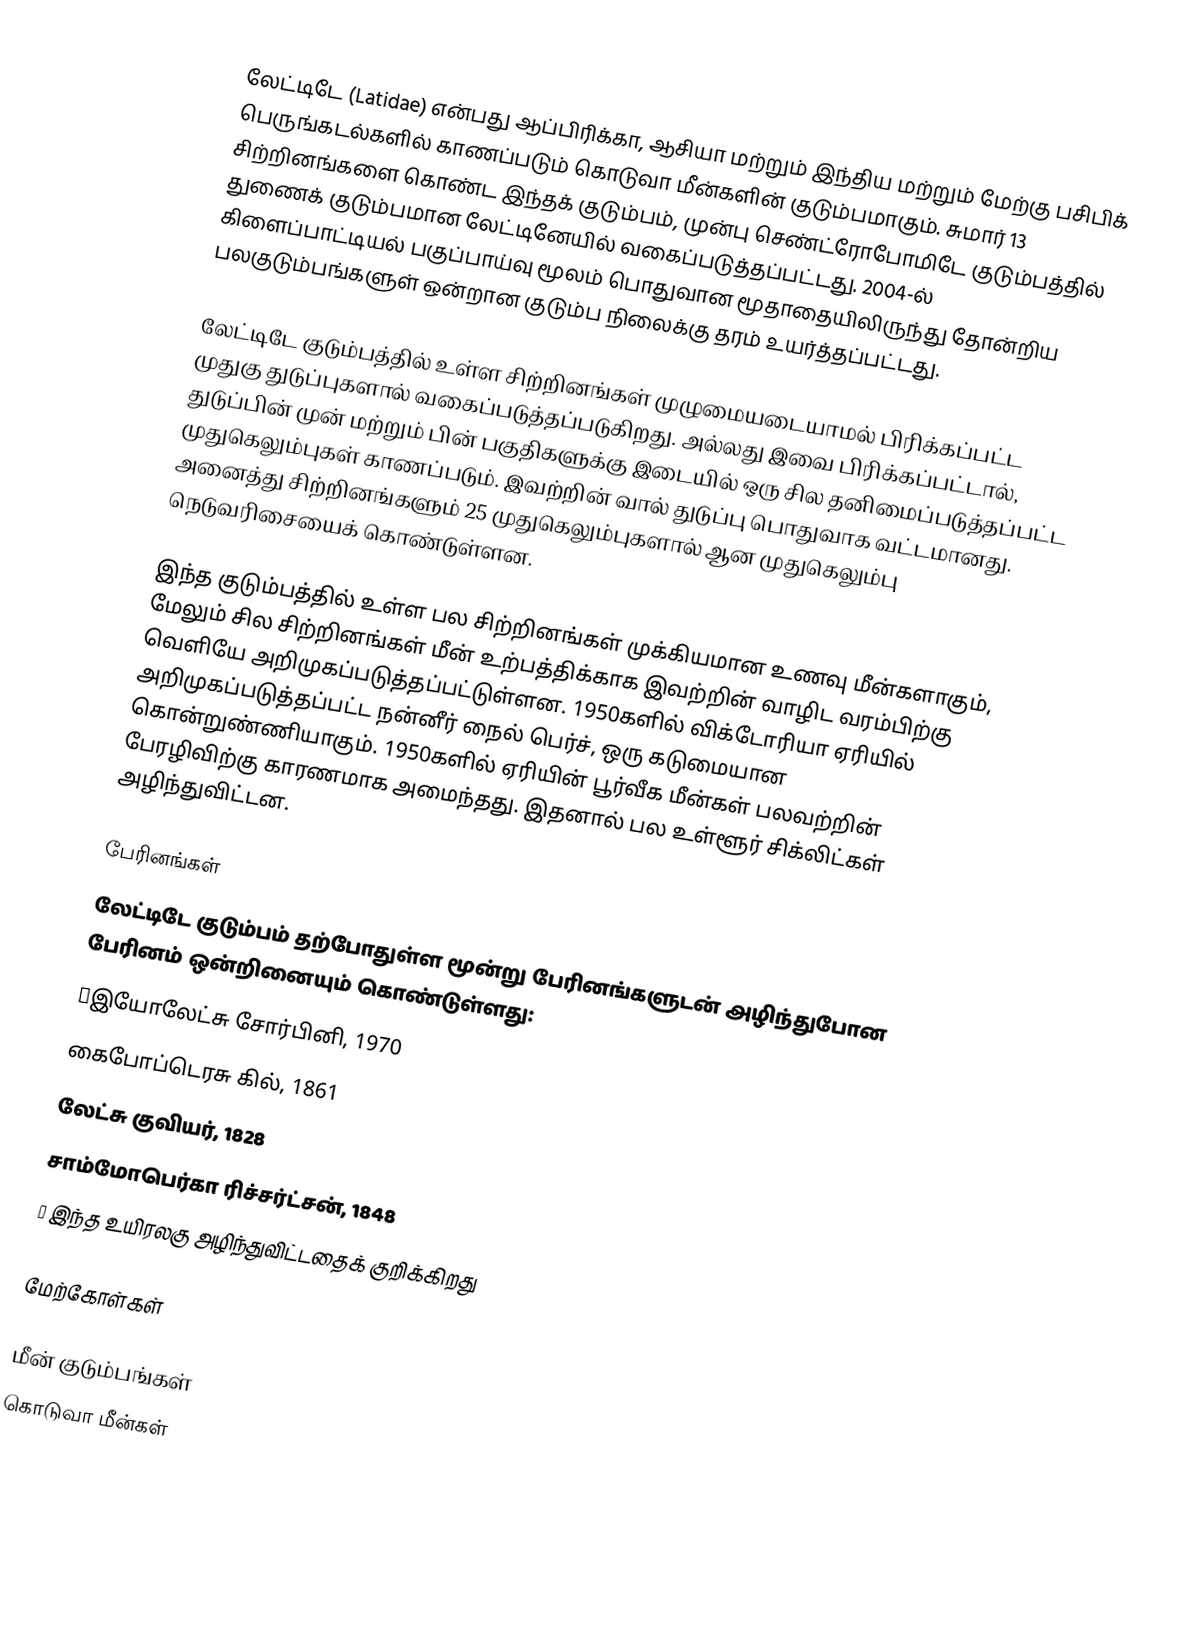
லேட்டிடே (Latidae) என்பது ஆப்பிரிக்கா, ஆசியா மற்றும் இந்திய மற்றும் மேற்கு பசிபிக் பெருங்கடல்களில் காணப்படும் கொடுவா மீன்களின் குடும்பமாகும். சுமார் 13 சிற்றினங்களை கொண்ட இந்தக் குடும்பம், முன்பு செண்ட்ரோபோமிடே குடும்பத்தில் துணைக் குடும்பமான லேட்டினேயில் வகைப்படுத்தப்பட்டது. 2004-ல் கிளைப்பாட்டியல் பகுப்பாய்வு மூலம் பொதுவான மூதாதையிலிருந்து தோன்றிய பலகுடும்பங்களுள் ஒன்றான குடும்ப நிலைக்கு தரம் உயர்த்தப்பட்டது.

லேட்டிடே குடும்பத்தில் உள்ள சிற்றினங்கள் முழுமையடையாமல் பிரிக்கப்பட்ட முதுகு துடுப்புகளால் வகைப்படுத்தப்படுகிறது. அல்லது இவை பிரிக்கப்பட்டால், துடுப்பின் முன் மற்றும் பின் பகுதிகளுக்கு இடையில் ஒரு சில தனிமைப்படுத்தப்பட்ட முதுகெலும்புகள் காணப்படும். இவற்றின் வால் துடுப்பு பொதுவாக வட்டமானது. அனைத்து சிற்றினங்களும் 25 முதுகெலும்புகளால் ஆன முதுகெலும்பு நெடுவரிசையைக் கொண்டுள்ளன.

இந்த குடும்பத்தில் உள்ள பல சிற்றினங்கள் முக்கியமான உணவு மீன்களாகும், மேலும் சில சிற்றினங்கள் மீன் உற்பத்திக்காக இவற்றின் வாழிட வரம்பிற்கு வெளியே அறிமுகப்படுத்தப்பட்டுள்ளன. 1950களில் விக்டோரியா ஏரியில் அறிமுகப்படுத்தப்பட்ட நன்னீர் நைல் பெர்ச், ஒரு கடுமையான கொன்றுண்ணியாகும். 1950களில் ஏரியின் பூர்வீக மீன்கள் பலவற்றின் பேரழிவிற்கு காரணமாக அமைந்தது. இதனால் பல உள்ளூர் சிக்லிட்கள் அழிந்துவிட்டன.

பேரினங்கள்
லேட்டிடே குடும்பம் தற்போதுள்ள மூன்று பேரினங்களுடன் அழிந்துபோன பேரினம் ஒன்றினையும் கொண்டுள்ளது:
 †இயோலேட்சு சோர்பினி, 1970
 கைபோப்டெரசு கில், 1861
 லேட்சு குவியர், 1828
 சாம்மோபெர்கா ரிச்சர்ட்சன், 1848
† இந்த உயிரலகு அழிந்துவிட்டதைக் குறிக்கிறது

மேற்கோள்கள்

மீன் குடும்பங்கள்
கொடுவா மீன்கள்